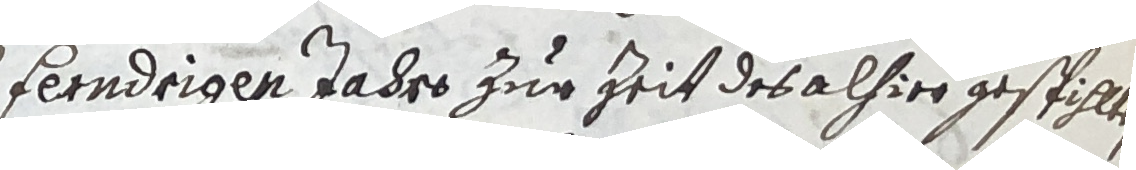
feendrigen jadro zur zeit des alhier gespihlten